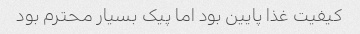
کیفیت غذا پایین بود اما پیک بسیار محترم بود